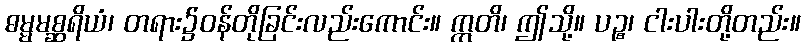
ဓမ္မမစ္ဆရိယံ၊ တရား၌ဝန်တိုခြင်းလည်းကောင်း။ ဣတိ၊ ဤသို့။ ပဉ္စ၊ ငါးပါးတို့တည်း။